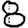
Digit: 8